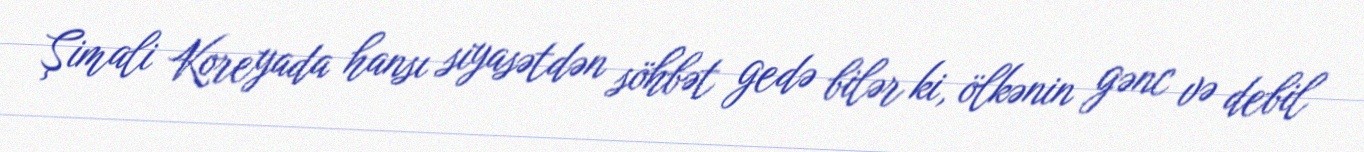
Şimali Koreyada hansı siyasətdən söhbət gedə bilər ki, ölkənin gənc və debil